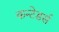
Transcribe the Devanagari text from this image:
कन्टेडर्स